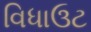
વિધાઉટ